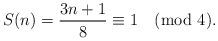
LaTeX: \begin{align*}S(n) = \frac{3n+1}{8} \equiv 1 \pmod{4}.\end{align*}